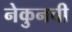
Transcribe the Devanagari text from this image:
नेकुनची